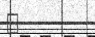
٧